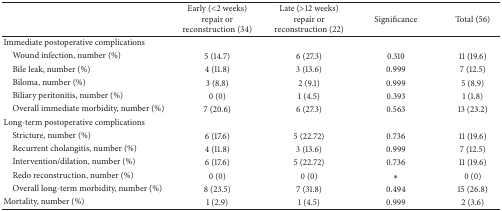
|  | Early (<2 weeks) repair or reconstruction (34) | Late (>12 weeks) repair or reconstruction (22) | Significance | Total (56) |
 | --- | --- | --- | --- | --- |
 | Immediate postoperative complications |  |  |  |  |
 | Wound infection, number (%) | 5 (14.7) | 6 (27.3) | 0.310 | 11 (19.6) |
 | Bile leak, number (%) | 4 (11.8) | 3 (13.6) | 0.999 | 7 (12.5) |
 | Biloma, number (%) | 3 (8.8) | 2 (9.1) | 0.999 | 5 (8.9) |
 | Biliary peritonitis, number (%) | 0 (0) | 1 (4.5) | 0.393 | 1 (1.8) |
 | Overall immediate morbidity, number (%) | 7 (20.6) | 6 (27.3) | 0.563 | 13 (23.2) |
 | Long-term postoperative complications |  |  |  |  |
 | Stricture, number (%) | 6 (17.6) | 5 (22.72) | 0.736 | 11 (19.6) |
 | Recurrent cholangitis, number (%) | 4 (11.8) | 3 (13.6) | 0.999 | 7 (12.5) |
 | Intervention/dilation, number (%) | 6 (17.6) | 5 (22.72) | 0.736 | 11 (19.6) |
 | Redo reconstruction, number (%) | 0 (0) | 0 (0) | ∗ | 0 (0) |
 | Overall long-term morbidity, number (%) | 8 (23.5) | 7 (31.8) | 0.494 | 15 (26.8) |
 | Mortality, number (%) | 1 (2.9) | 1 (4.5) | 0.999 | 2 (3.6) |